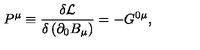
P ^ { \mu } \equiv \frac { \delta \mathcal { L } } { \delta \left( \partial _ { 0 } B _ { \mu } \right) } = - G ^ { 0 \mu } ,